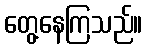
တွေ့နေကြသည်။